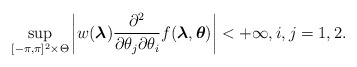
\begin{align*}\sup_{[-\pi,\pi]^{2}\times \Theta}\left|w(\boldsymbol{\lambda}) \frac{\partial^{2}}{\partial \theta_{j}\partial \theta_{i}} f(\boldsymbol{\lambda},\boldsymbol{\theta})\right|<+\infty,i,j=1,2.\end{align*}